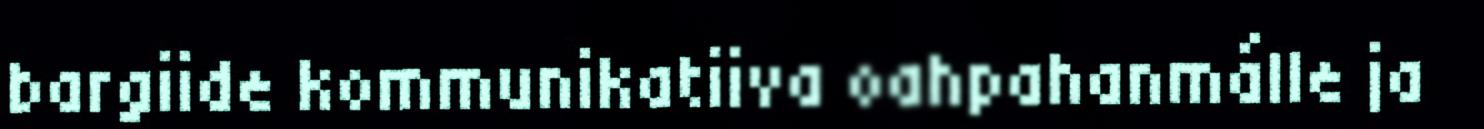
bargiide kommunikatiiva oahpahanmálle ja